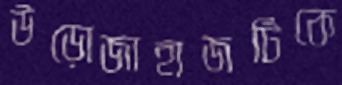
উড়োজাহাজটিকে